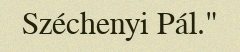
Széchenyi Pál."